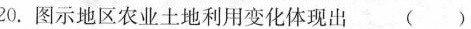
20.图示地区农业土地利用变化体现出 ()